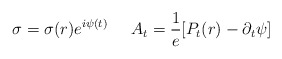
\begin{align*}\sigma= \sigma(r)e^{i\psi(t)} \;\;\;\;\; A_t = \frac{1}{e}[P_t(r)-\partial_t \psi]\end{align*}